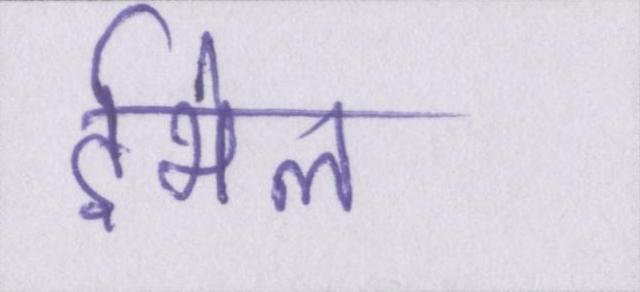
ईमेल